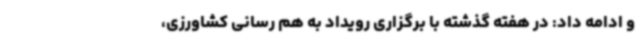
و ادامه داد: در هفته گذشته با برگزاری رویداد به هم رسانی کشاورزی،